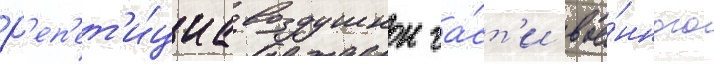
Р'еп'ет'и́циа воздушнои ча́ст'и вое́нного